Report on lock hospitals in British Burma
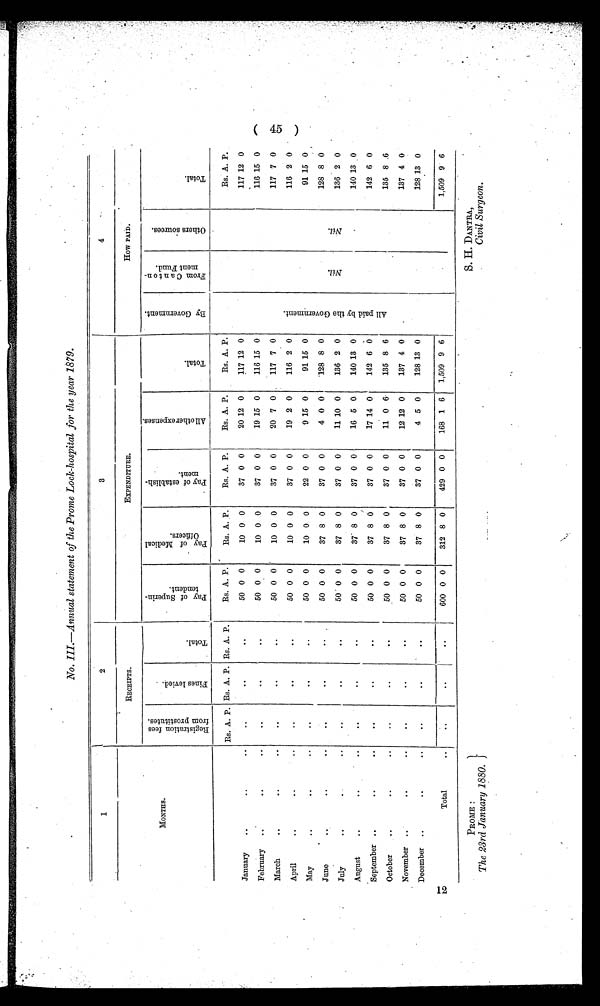
1
2
3
4
MONTHS .
RECEIPTS.
EXPENDITURE.
HOW PAID.
R e g i s t r a t i o n f e e s f r o m p r o s t i t u t e s .
F i n e s l e v i e d .
T o t a l .
P a y o f S u p e r i n - t e n d e n t .
P a y o f M e d i c a l o f f i c e r s .
P a y o f e s t a b l i s h - m e n t .
A l l o t h e r e x p e n s e s .
T o t a l .
B y G o v e r n m e n t .
F r o m C a n t o n - m e n t F u n d .
O t h e r s o u r c e s .
T o t a l .
Rs. A. P. Rs. A. P. Rs. A. P.
Rs. A. P.
Rs. A. P.
Rs. A. P.
Rs. A. P.
Rs. A. P.
A l l p a i d b y t h e G o v e r n m e n t .
N i l
N i l
.
Rs. A. P.
January
..
..
..
..
..
. .
50 0 0
10 0 0
37 0 0
20 12 0
117 12 0
117 12 0
February
..
. .
..
..
..
..
50 0 0
10 0 0
37 0 0
19 15 0
116 15 0
116 15 0
March
..
..
..
..
..
..
50 0 0
10 0 0
37 0 0
20 7 0
117 7 0
117 7 0
April
..
. .
..
..
. .
. .
50 0 0
10 0 0
37 0 0
19 2 0
116 2 0
116 2 0
May
..
..
..
..
. .
..
50 0 0
10 0 0
22 0 0
9 15 0
91 15 0
91 15 0
June
..
..
..
. .
..
..
50 0 0
37 8 0
37 0 0
4 0 0
128 8 0
128 8 0
July
..
..
..
..
. .
50 0 0
37 8 0
37 0 0
11 10 0
136 2 0
136 2 0
August
..
. .
..
..
..
..
50 0 0
3 7 8 0
37 0 0
16 5 0
140 13 0
140 13 0
September ..
..
. .
. .
..
. .
50 0 0
37 8 0
37 0 0
17 14 0
142 6
0
1 4 2 6 0
October..
..
..
. .
..
. .
50 0 0
37 8 0
37 0 0
11 0 6
135 8 6
135 8 6
November ..
. .
..
..
. .
. .
50 0 0
37 8 0
37 0 0
12 12 0
137 4 0
137 4 0
December ..
..
..
..
..
. .
50 0 0
37 8 0
37 0 0
4 5 0
128 13 0
128
1 3 0
Total
..
..
..
..
600 0 0
312 8 0
429 0 0
168 1 6
1,509 9 6
1,509 9 6
PROMS :
The 23rd January 1880.}
S. H. DANTRA,
Civil Surgeon.
No.III.—Annual statement of the Prome Lock-hospital for the year 1879.